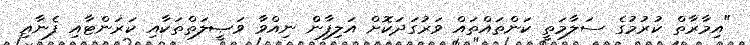
"އިމާރާތް ކުރުމުގެ ސަލާމަތީ ކަންތައްތައް ވަރުގަދަކޮށް އަލިފާން ނިއްވާ ވަޞީލަތްތަކާއި ކަރަންޓާއި ފެނާއި